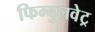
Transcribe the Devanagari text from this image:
फिम्बुलवेट्र